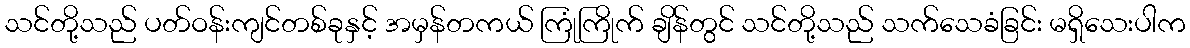
သင်တို့သည် ပတ်ဝန်းကျင်တစ်ခုနှင့် အမှန်တကယ် ကြုံကြိုက် ချိန်တွင် သင်တို့သည် သက်သေခံခြင်း မရှိသေးပါက